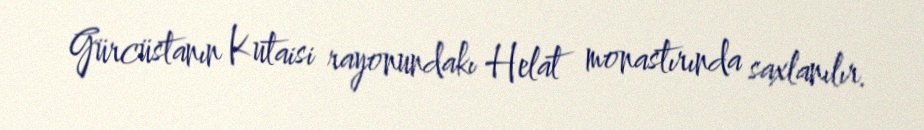
Gürcüstanın Kutaisi rayonundakı Helat monastırında saxlanılır.